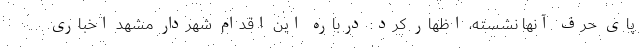
پای حرف آنها نشسته، اظهار کرد: درباره این اقدام شهردار مشهد اخباری